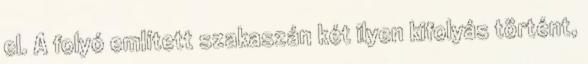
el. A folyó említett szakaszán két ilyen kifolyás történt,